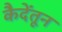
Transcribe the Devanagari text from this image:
कैदेंतून